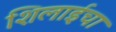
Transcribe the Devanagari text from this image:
शिलाईचा